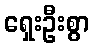
ရှေးဦးစွာ